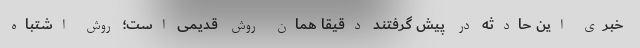
خبری این حادثه در پیش گرفتند دقیقا همان روش قدیمی است؛ روش اشتباه